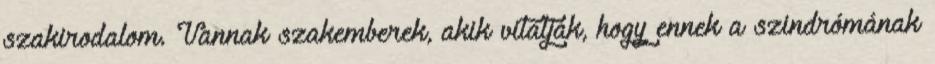
szakirodalom. Vannak szakemberek, akik vitatják, hogy ennek a szindrómának